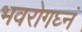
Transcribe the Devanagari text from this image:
भवरोगघ्नं